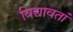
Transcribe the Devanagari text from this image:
विद्यावतां